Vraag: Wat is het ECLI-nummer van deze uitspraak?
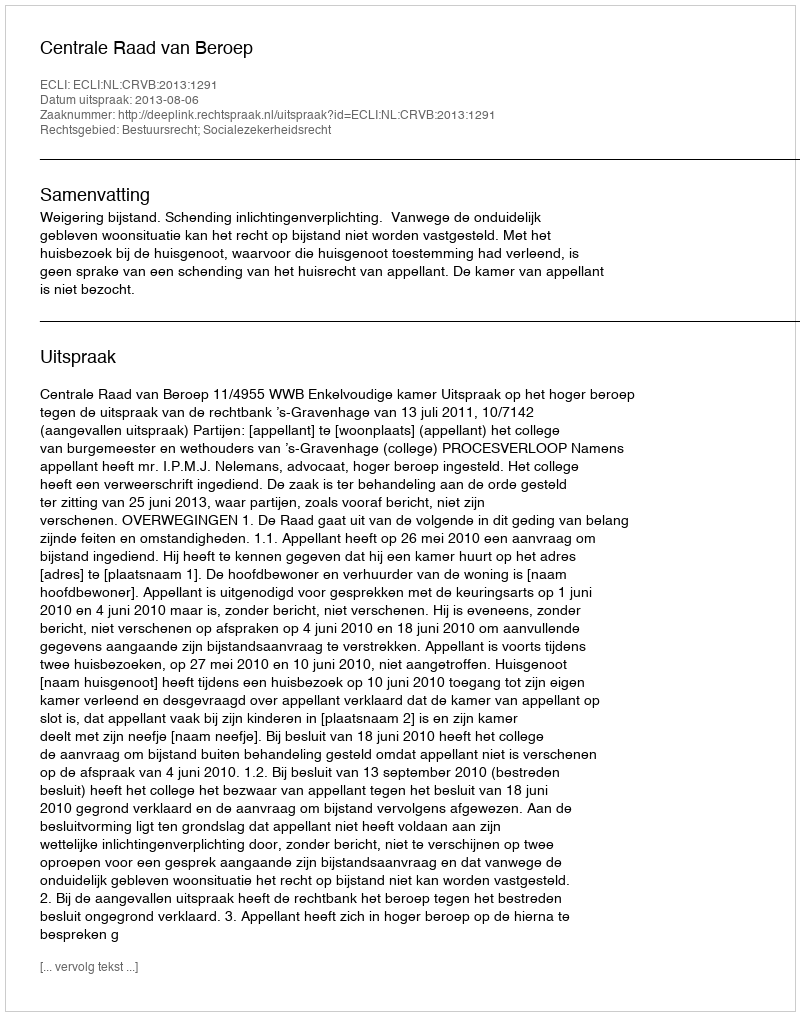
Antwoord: ECLI:NL:CRVB:2013:1291